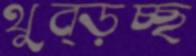
থুব্‌ড়চ্ছ